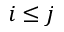
i \leq j